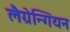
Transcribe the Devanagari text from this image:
लैग्रेन्गियन